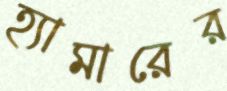
হ্যামারের